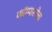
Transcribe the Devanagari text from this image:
कॉम्पास्तेला